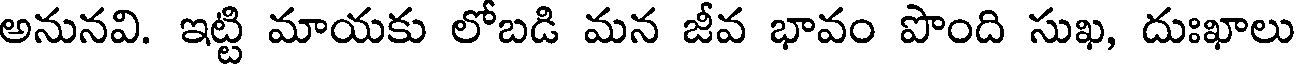
అనునవి. ఇట్టి మాయకు లోబడి మన జీవ భావం పొంది సుఖ, దుఃఖాలు